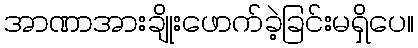
အာဏာအားချိုးဖောက်ခဲ့ခြင်းမရှိပေ။